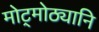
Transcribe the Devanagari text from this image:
मोट्मोठ्यानि